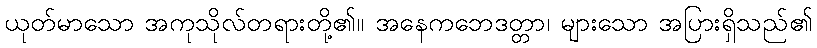
ယုတ်မာသော အကုသိုလ်တရားတို့၏။ အနေကဘေဒတ္တာ၊ များသော အပြားရှိသည်၏